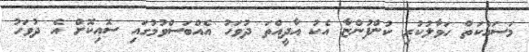
މަސައްކަތް ހަވާލުކުރި ކުންފުންޏާ އެކު އާދީއްތަ ދުވަހު އެއްބަސްވުމުގައި ސޮއިކޮށް އެ ދުވަހު